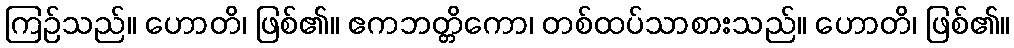
ကြဉ်သည်။ ဟောတိ၊ ဖြစ်၏။ ဧကဘတ္တိကော၊ တစ်ထပ်သာစားသည်။ ဟောတိ၊ ဖြစ်၏။